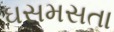
ઘસમસતા